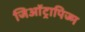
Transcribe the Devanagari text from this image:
जिऑट्रापिज्म